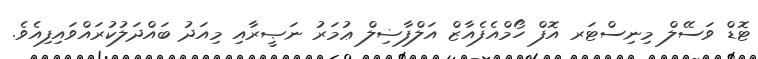
ޓޮޑް ވަސޭލް މިނިސްޓަރ އޮފް ހޯމްއެފެއާޒް އަލްފާޟިލް ޢުމަރު ނަޞީރާއި މިއަދު ބައްދަލުކުރައްވައިފިއެވެ.